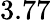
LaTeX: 3.77